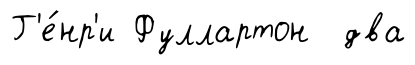
Г'е́нр'и Фуллартон два